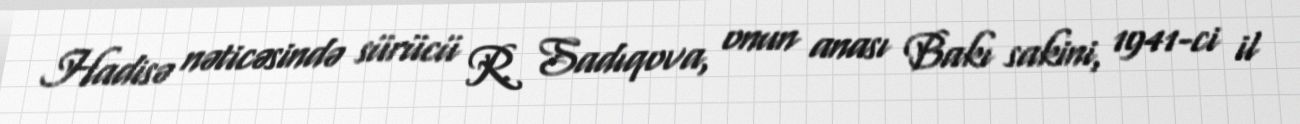
Hadisə nəticəsində sürücü R. Sadıqova, onun anası Bakı sakini, 1941-ci il